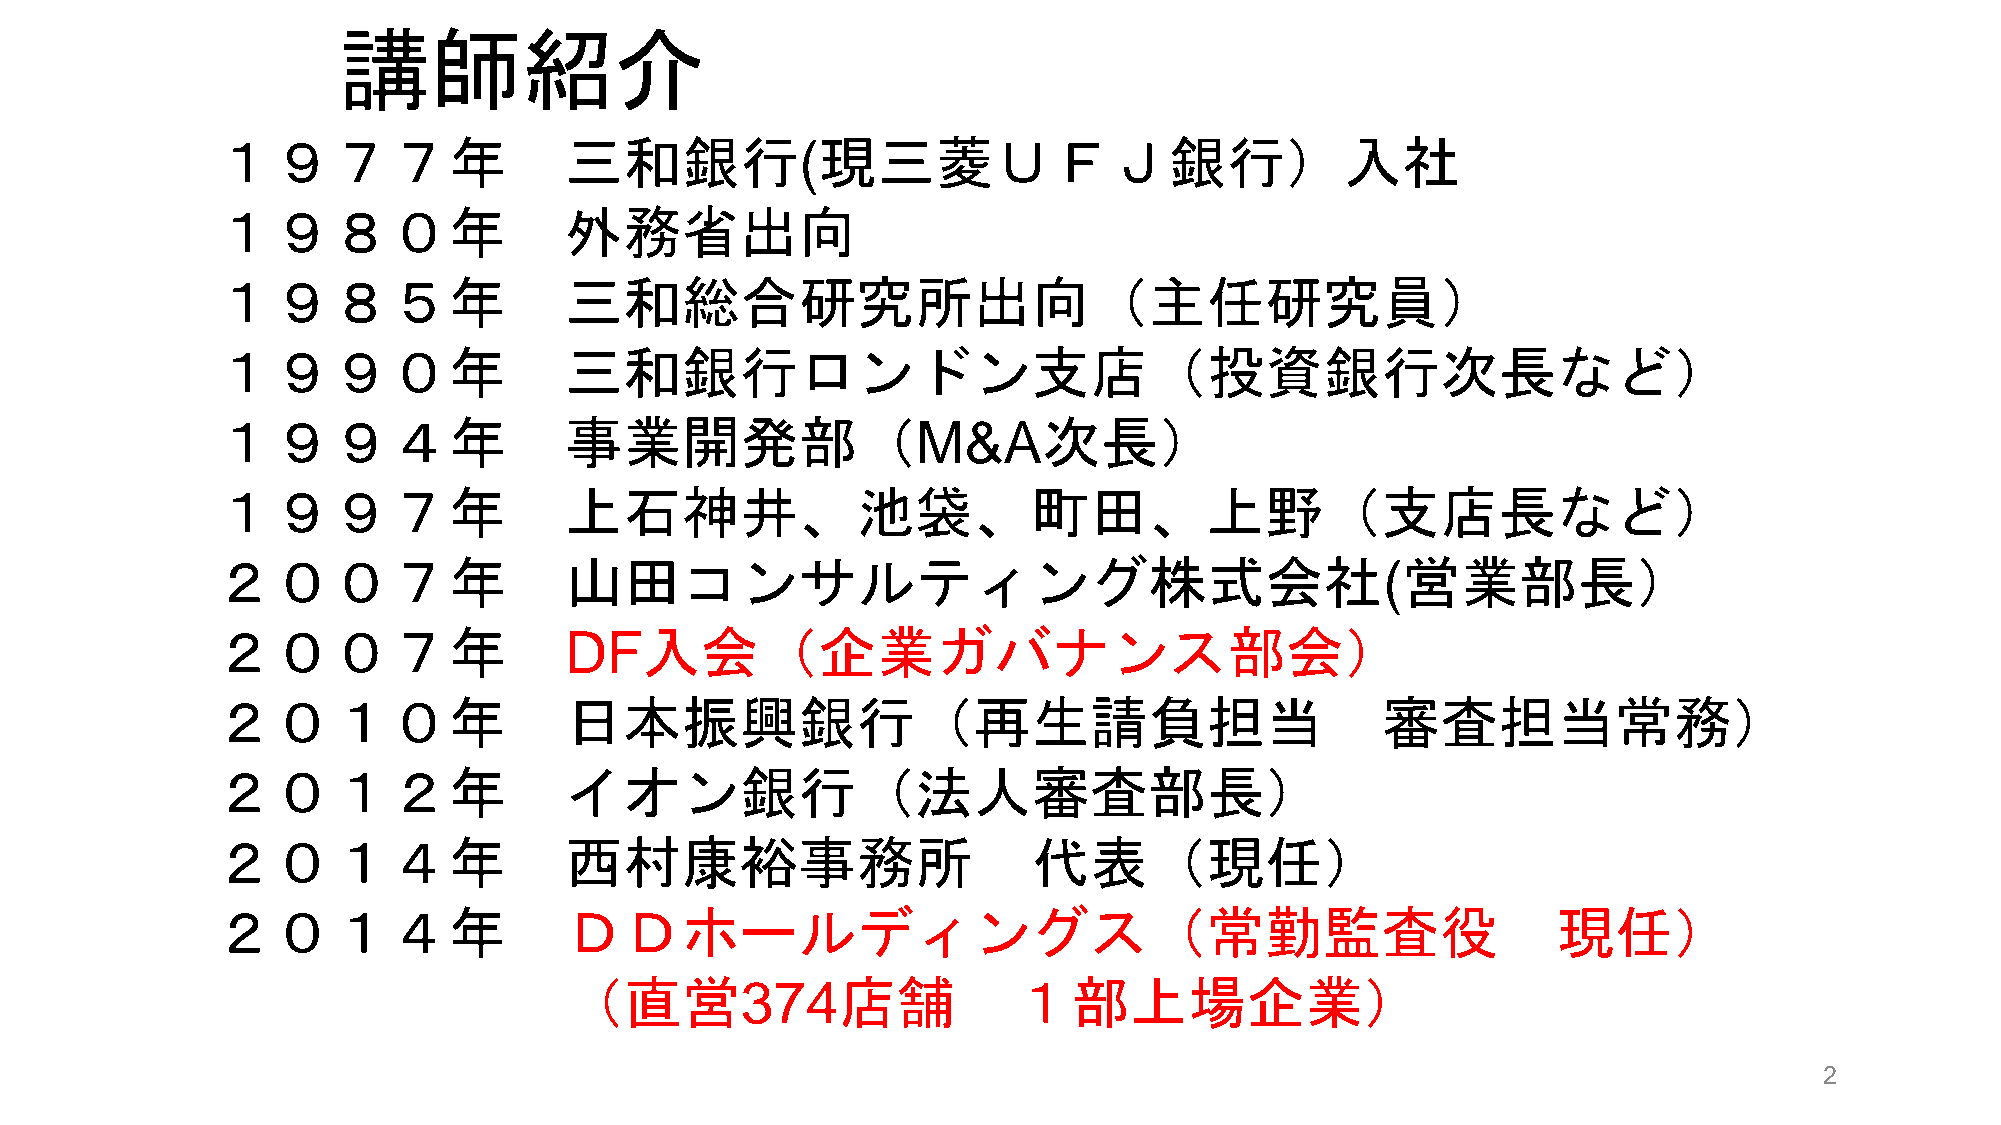
講師紹介
 １９７７年                  三和銀行(現三菱ＵＦＪ銀行）入社
 １９８０年                  外務省出向
 １９８５年                  三和総合研究所出向（主任研究員）
 １９９０年                  三和銀行ロンドン支店（投資銀行次長など）
 １９９４年                  事業開発部（M&A次長）
 １９９７年                  上石神井、池袋、町田、上野（支店長など）
 ２００７年                  山田コンサルティング株式会社(営業部長）
 ２００７年                  DF入会（企業ガバナンス部会）
 ２０１０年                  日本振興銀行（再生請負担当                                         審査担当常務）
 ２０１２年                  イオン銀行（法人審査部長）
 ２０１４年                  西村康裕事務所                        代表（現任）
 ２０１４年                  ＤＤホールディングス（常勤監査役                                                現任）
 （直営374店舗                      １部上場企業）
 2